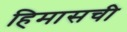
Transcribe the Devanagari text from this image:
हिमासची